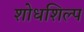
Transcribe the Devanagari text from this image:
शोधशिल्प